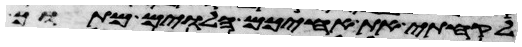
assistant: לקחתי את אחיכם הלוים מתוך